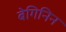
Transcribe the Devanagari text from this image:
बेगिनिन